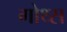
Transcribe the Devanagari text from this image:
गोथ्स